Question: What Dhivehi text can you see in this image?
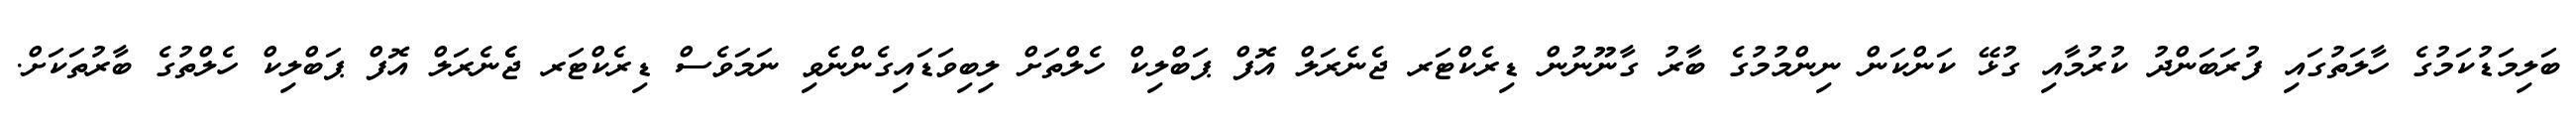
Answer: ބަލިމަޑުކަމުގެ ހާލަތުގައި ފުރަބަންދު ކުރުމާއި ގުޅޭ ކަންކަން ނިންމުމުގެ ބާރު ގާނޫނުން ޑިރެކްޓަރ ޖެނެރަލް އޮފް ޕަބްލިކް ހެލްތަށް ލިބިވަޑައިގެންނެވި ނަމަވެސް ޑިރެކްޓަރ ޖެެނެރަލް އޮފް ޕަބްލިކް ހެލްތުގެ ބާރުތަކަށް.